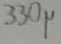
Text: 330µ